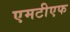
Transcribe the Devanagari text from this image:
एमटीएफ